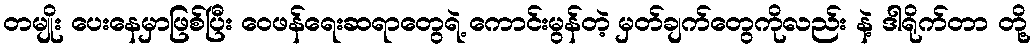
တမျိုး ပေးနေမှာဖြစ်ပြီး ဝေဖန်ရေးဆရာတွေရဲ့ ကောင်းမွန်တဲ့ မှတ်ချက်တွေကိုလည်း နဲ့ ဒါရိုက်တာ တို့